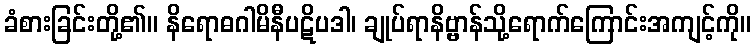
ခံစားခြင်းတို့၏။ နိရောဓဂါမိနီပဋိပဒါ၊ ချုပ်ရာနိဗ္ဗာန်သို့ရောက်ကြောင်းအကျင့်ကို။